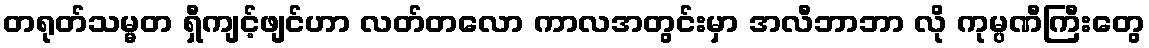
တရုတ်သမ္မတ ရှီကျင့်ဖျင်ဟာ လတ်တလော ကာလအတွင်းမှာ အလီဘာဘာ လို ကုမ္ပဏီကြီးတွေ